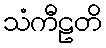
သံကီဠတိ